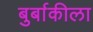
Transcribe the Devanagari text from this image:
बुर्बाकीला